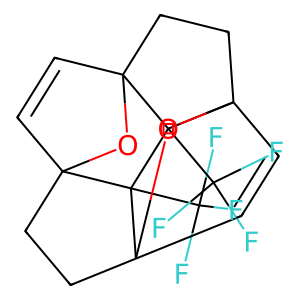
SMILES: FC(F)(F)C12C34C=CC5(CCC6(C=CC1(CC3)O6)C52C(F)(F)F)O4
Inhibits HIV replication: No